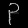
Digit: ၃